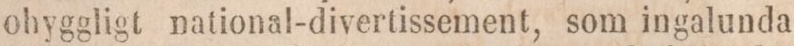
ohyggligt national-divertissement, som ingalunda